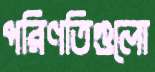
পরিণতিগুলো